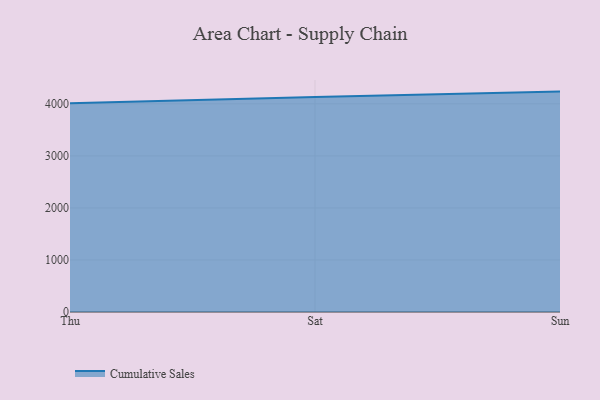
{"axis": {"x": "Day", "y": "Revenue (USD Million)"}, "legend": ["Cumulative Sales"], "data": [{"x": "Thu", "y": 4012.0, "type": "Cumulative Sales"}, {"x": "Sat", "y": 4131.8, "type": "Cumulative Sales"}, {"x": "Sun", "y": 4235.9, "type": "Cumulative Sales"}]}